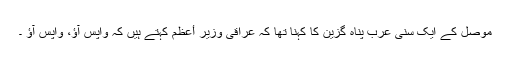
موصل کے ایک سنی عرب پناہ گزین کا کہنا تھا کہ عراقی وزیر أعظم کہتے ہیں کہ واپس آؤ، واپس آؤ ۔